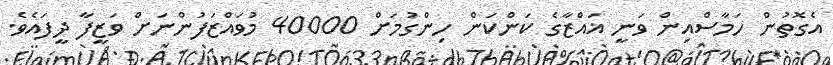
އެގޮތުން ހަމާސްއިން ވަނީ ޣައްޒާގެ ކަންކަން ހިންގުމަށް 40000 މުވައްޒަފުންނަށް ވަޒީފާ ދީފައެވެ.